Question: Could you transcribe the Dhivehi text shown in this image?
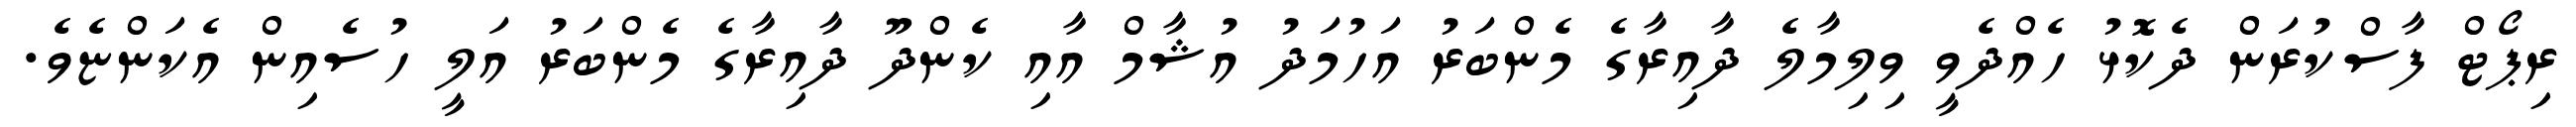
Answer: ރިޕޯޓް ފާސްކުރަން ދެކޮޅު ހެއްދެވީ ވިލިމާލެ ދާއިރާގެ މެންބަރު އަހުމަދު އުޝާމް އާއި ކެންދޫ ދާއިރާގެ މެންބަރު އަލީ ހުސެއިން އެކަންޏެވެ.